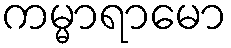
ကမ္မာရာမော